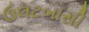
ઉલટબાસી